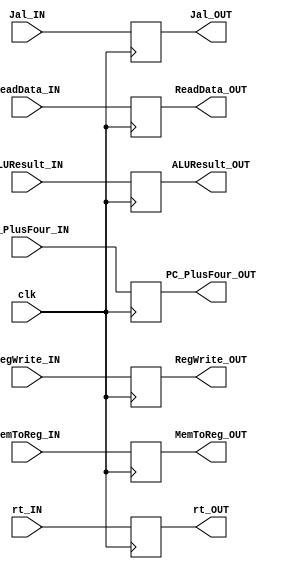
module Pipe_MEM_WB
(
	input clk,
	
	input MemToReg_IN,
	input	Jal_IN,
	input RegWrite_IN,
	input [4:0]  rt_IN,
	input [31:0] ReadData_IN,
	input [31:0] ALUResult_IN,
	input [31:0] PC_PlusFour_IN,

	output reg MemToReg_OUT,
	output reg Jal_OUT,
	output reg RegWrite_OUT,
	output reg [4:0]  rt_OUT,
	output reg [31:0] ReadData_OUT,
	output reg [31:0] ALUResult_OUT,
	output reg [31:0] PC_PlusFour_OUT
);


always@(negedge clk)
	begin
		
		MemToReg_OUT = MemToReg_IN;
		Jal_OUT = Jal_IN;
		RegWrite_OUT = RegWrite_IN;
		rt_OUT = rt_IN;
		ReadData_OUT = ReadData_IN;
		ALUResult_OUT = ALUResult_IN;
		PC_PlusFour_OUT = PC_PlusFour_IN;

	end

endmodule